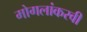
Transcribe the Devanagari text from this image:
मोगलांकरवी